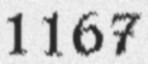
1167